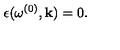
\epsilon ( \omega ^ { ( 0 ) } , { \bf k } ) = 0 .